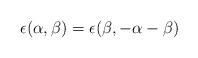
LaTeX: \begin{align*}\epsilon (\alpha,\beta ) = \epsilon (\beta,-\alpha -\beta )\end{align*}